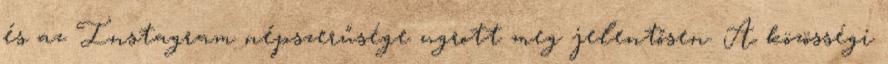
és az Instagram népszerűsége ugrott meg jelentősen. A közösségi